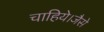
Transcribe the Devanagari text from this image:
चाहिये।जैसे